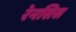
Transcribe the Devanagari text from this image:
रेनसिस